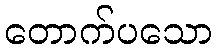
တောက်ပသော